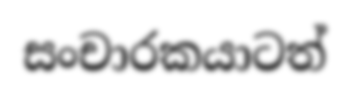
සංචාරකයාටත්